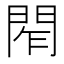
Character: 𨴃